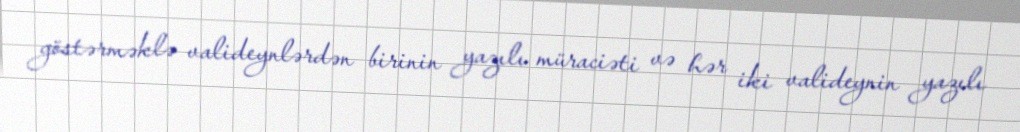
göstərməklə valideynlərdən birinin yazılı müraciəti və hər iki valideynin yazılı